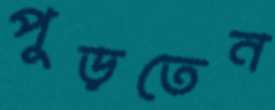
পুড়তেন